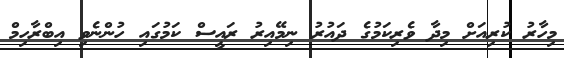
މިހާރު ކުރިއަށް މިދާ ވެރިކަމުގެ ދައުރު ނިމޭއިރު ރައީސް ކަމުގައި ހުންނެވި އިބްރާހިމް